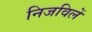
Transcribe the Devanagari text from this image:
निजविलें